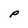
Character: P